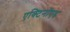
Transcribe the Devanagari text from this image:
एक्टिनॉएड